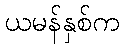
ယမန်နှစ်က